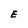
Character: E